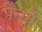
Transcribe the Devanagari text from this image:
पेन्सो